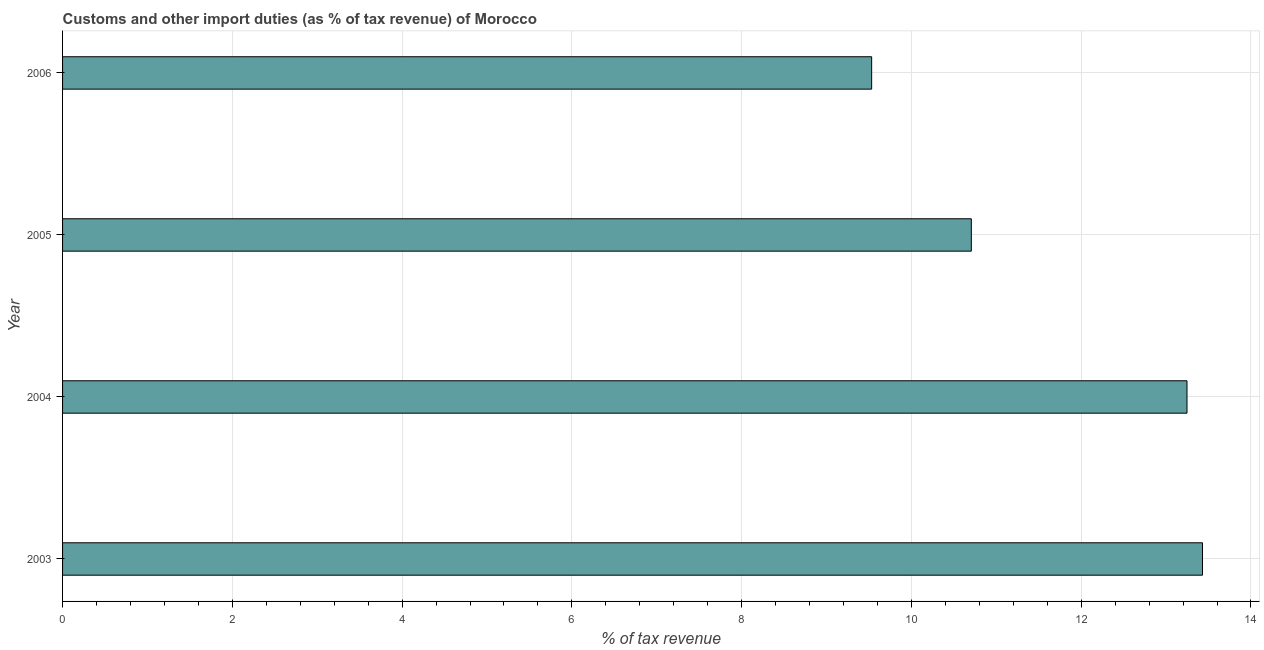
| Year | Customs and other import duties |
 | --- | --- |
 | 2003 | 13.4 |
 | 2004 | 13.2 |
 | 2005 | 10.7 |
 | 2006 | 9.53 |